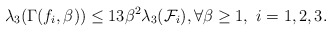
\begin{align*}\lambda_3(\Gamma(f_i, \beta)) \leq 13 \beta^2 \lambda_3(\mathcal{F}_i), \forall \beta \geq 1,~i=1,2,3. \end{align*}